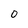
Character: 0